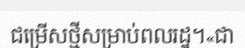
ជម្រើសថ្មីសម្រាប់ពលរដ្ឋ។«ជា